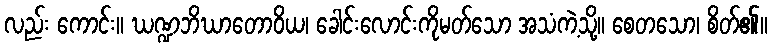
လည်း ကောင်း။ ဃဏ္ဍဘိဃာတောဝိယ၊ ခေါင်းလောင်းကိုမတ်သော အသံကဲ့သို့။ စေတသော၊ စိတ်၏။